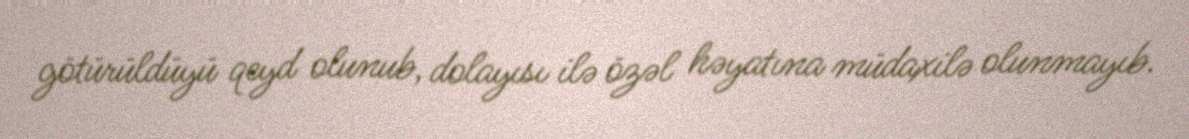
götürüldüyü qeyd olunub, dolayısı ilə özəl həyatına müdaxilə olunmayıb.